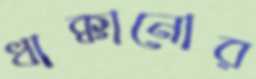
ধাক্কানোর